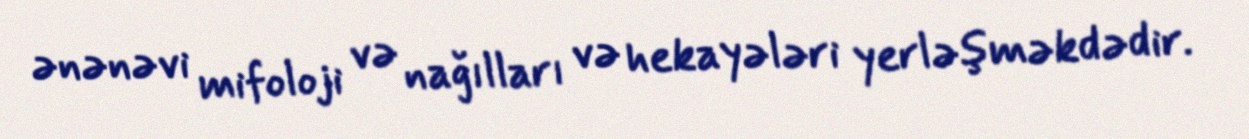
ənənəvi mifoloji və nağılları və hekayələri yerləşməkdədir.